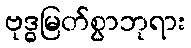
ဗုဒ္ဓမြတ်စွာဘုရား